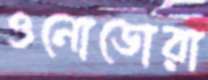
ওনোডোরা